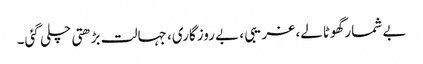
بے شمار گھوٹالے، غریبی ، بے روزگاری، جہالت بڑھتی چلی گئی۔